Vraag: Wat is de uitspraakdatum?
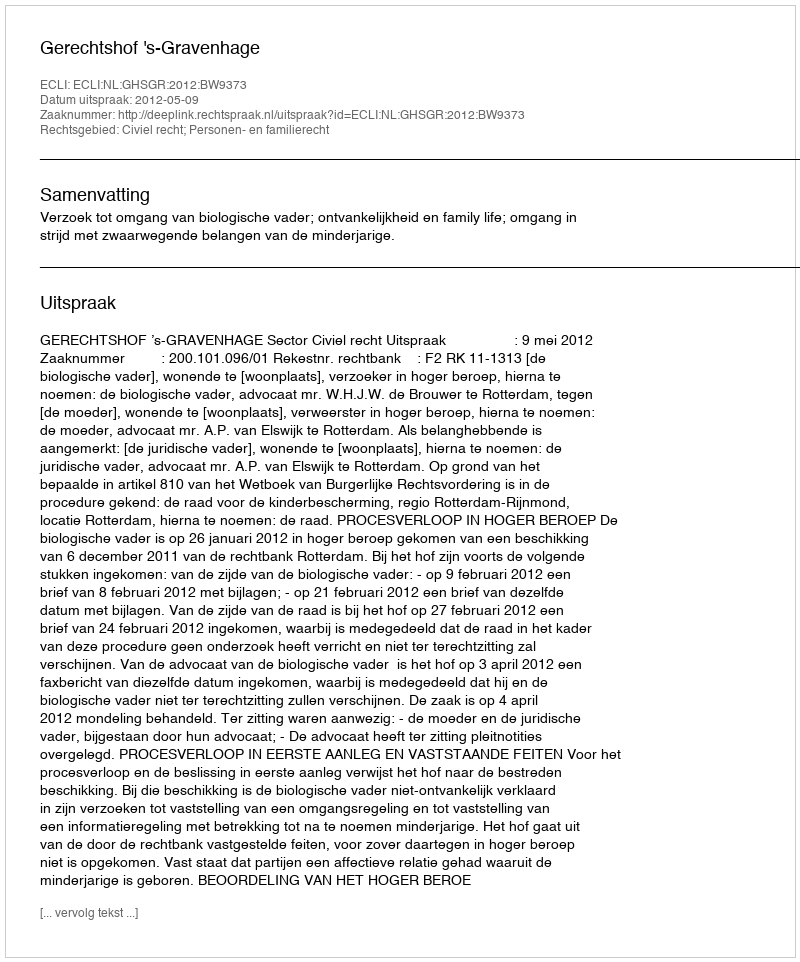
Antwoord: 2012-05-09